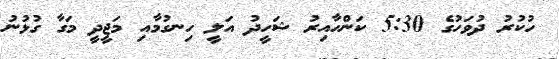
ހުކުރު ދުވަހުގެ 5:30 ކަންހާއިރު ޝަހީދު އަލީ ހިނގުމާއި މަޖީދީ މަގާ ގުޅުނު